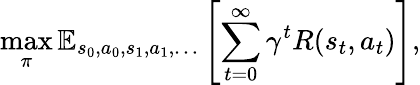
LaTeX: \operatorname*{max}_{\pi}\mathbb{E}_{s_{0},a_{0},s_{1},a_{1},\dots}\left[\sum_{t=0}^{\infty}\gamma^{t}R(s_{t},a_{t})\right],